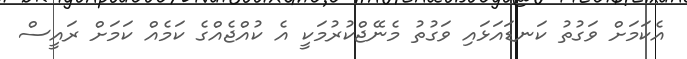
އެކަމަށް ވަގުތު ކަނޑައަޅައި ވަގުތު މެނޭޖްކުރުމަކީ އެ ކުއްޖެއްގެ ކަމެއް ކަމަށް ރައީސް